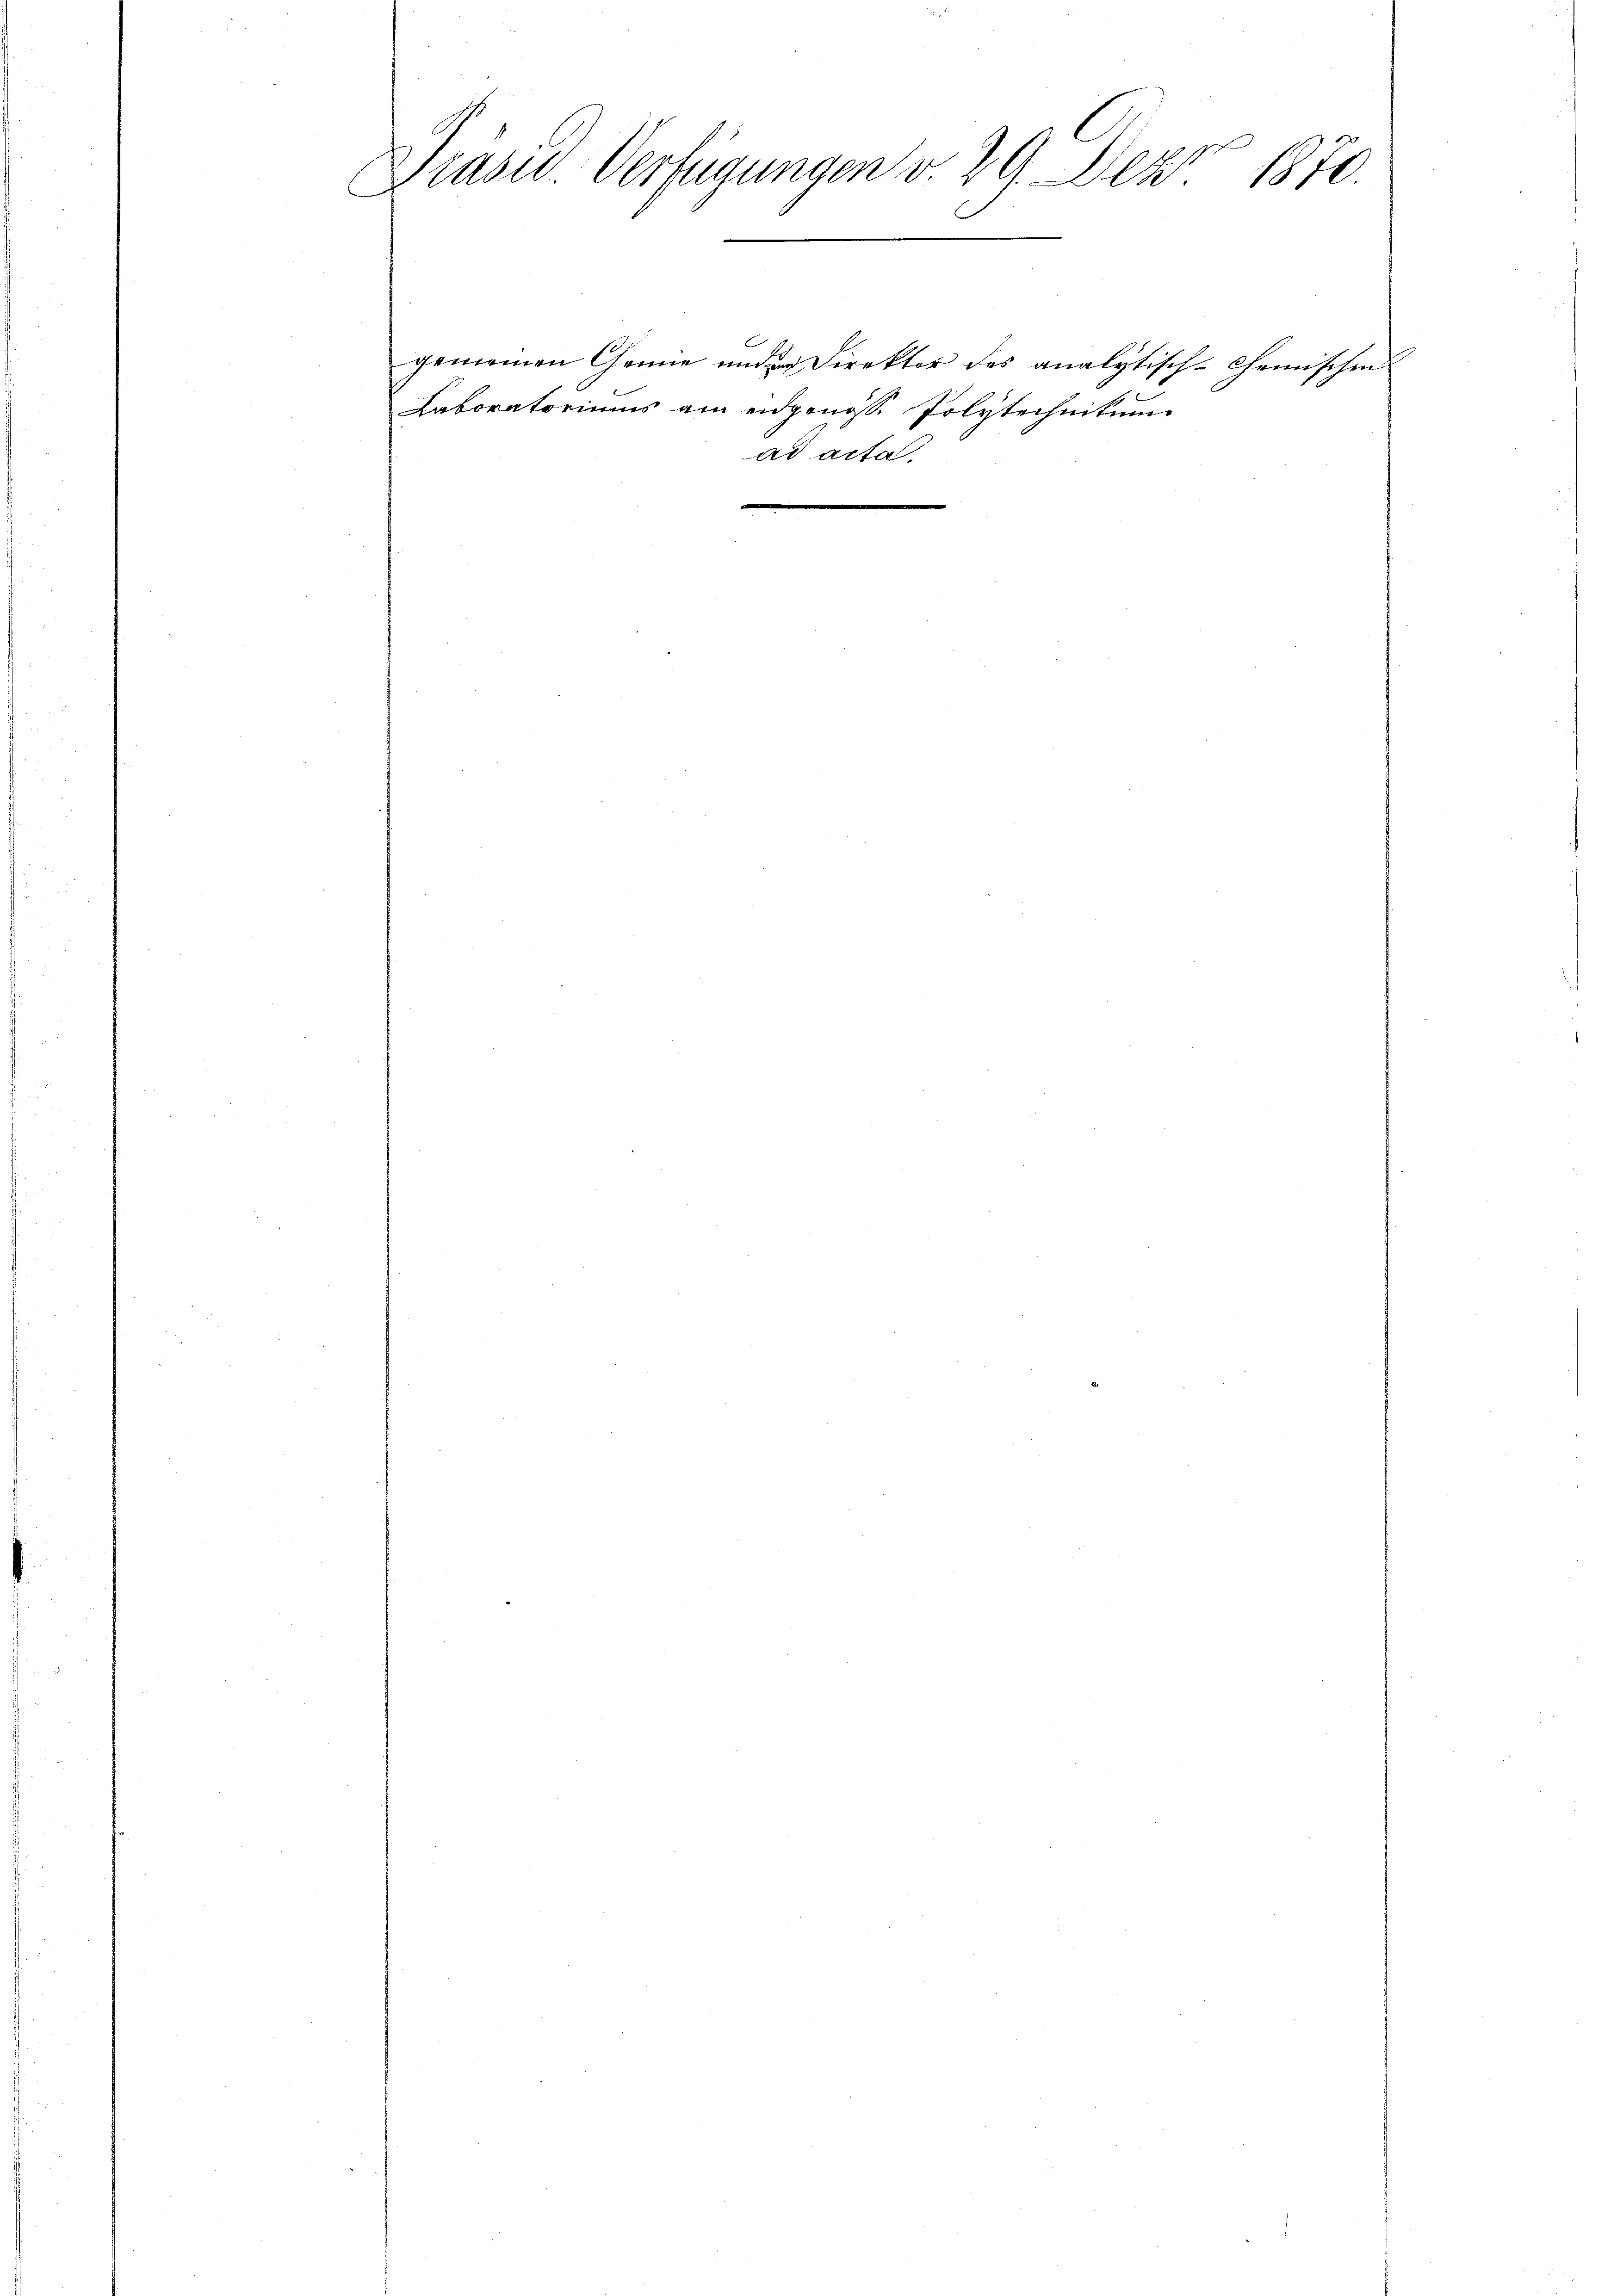
Präsid. Verfügungen v. 29. Dez. 1870.

Laboratoriums am eidgenöss. Polytechnikum

ad acta.

gemeinen Chemie und Direkter des analytisch-Chemischen